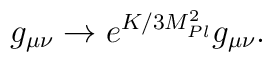
g_{\mu \nu} \rightarrow   e^{K/3 M_{Pl}^2} g_{\mu \nu}.